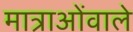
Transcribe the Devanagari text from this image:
मात्राओंवाले